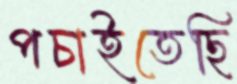
পচাইতেছি